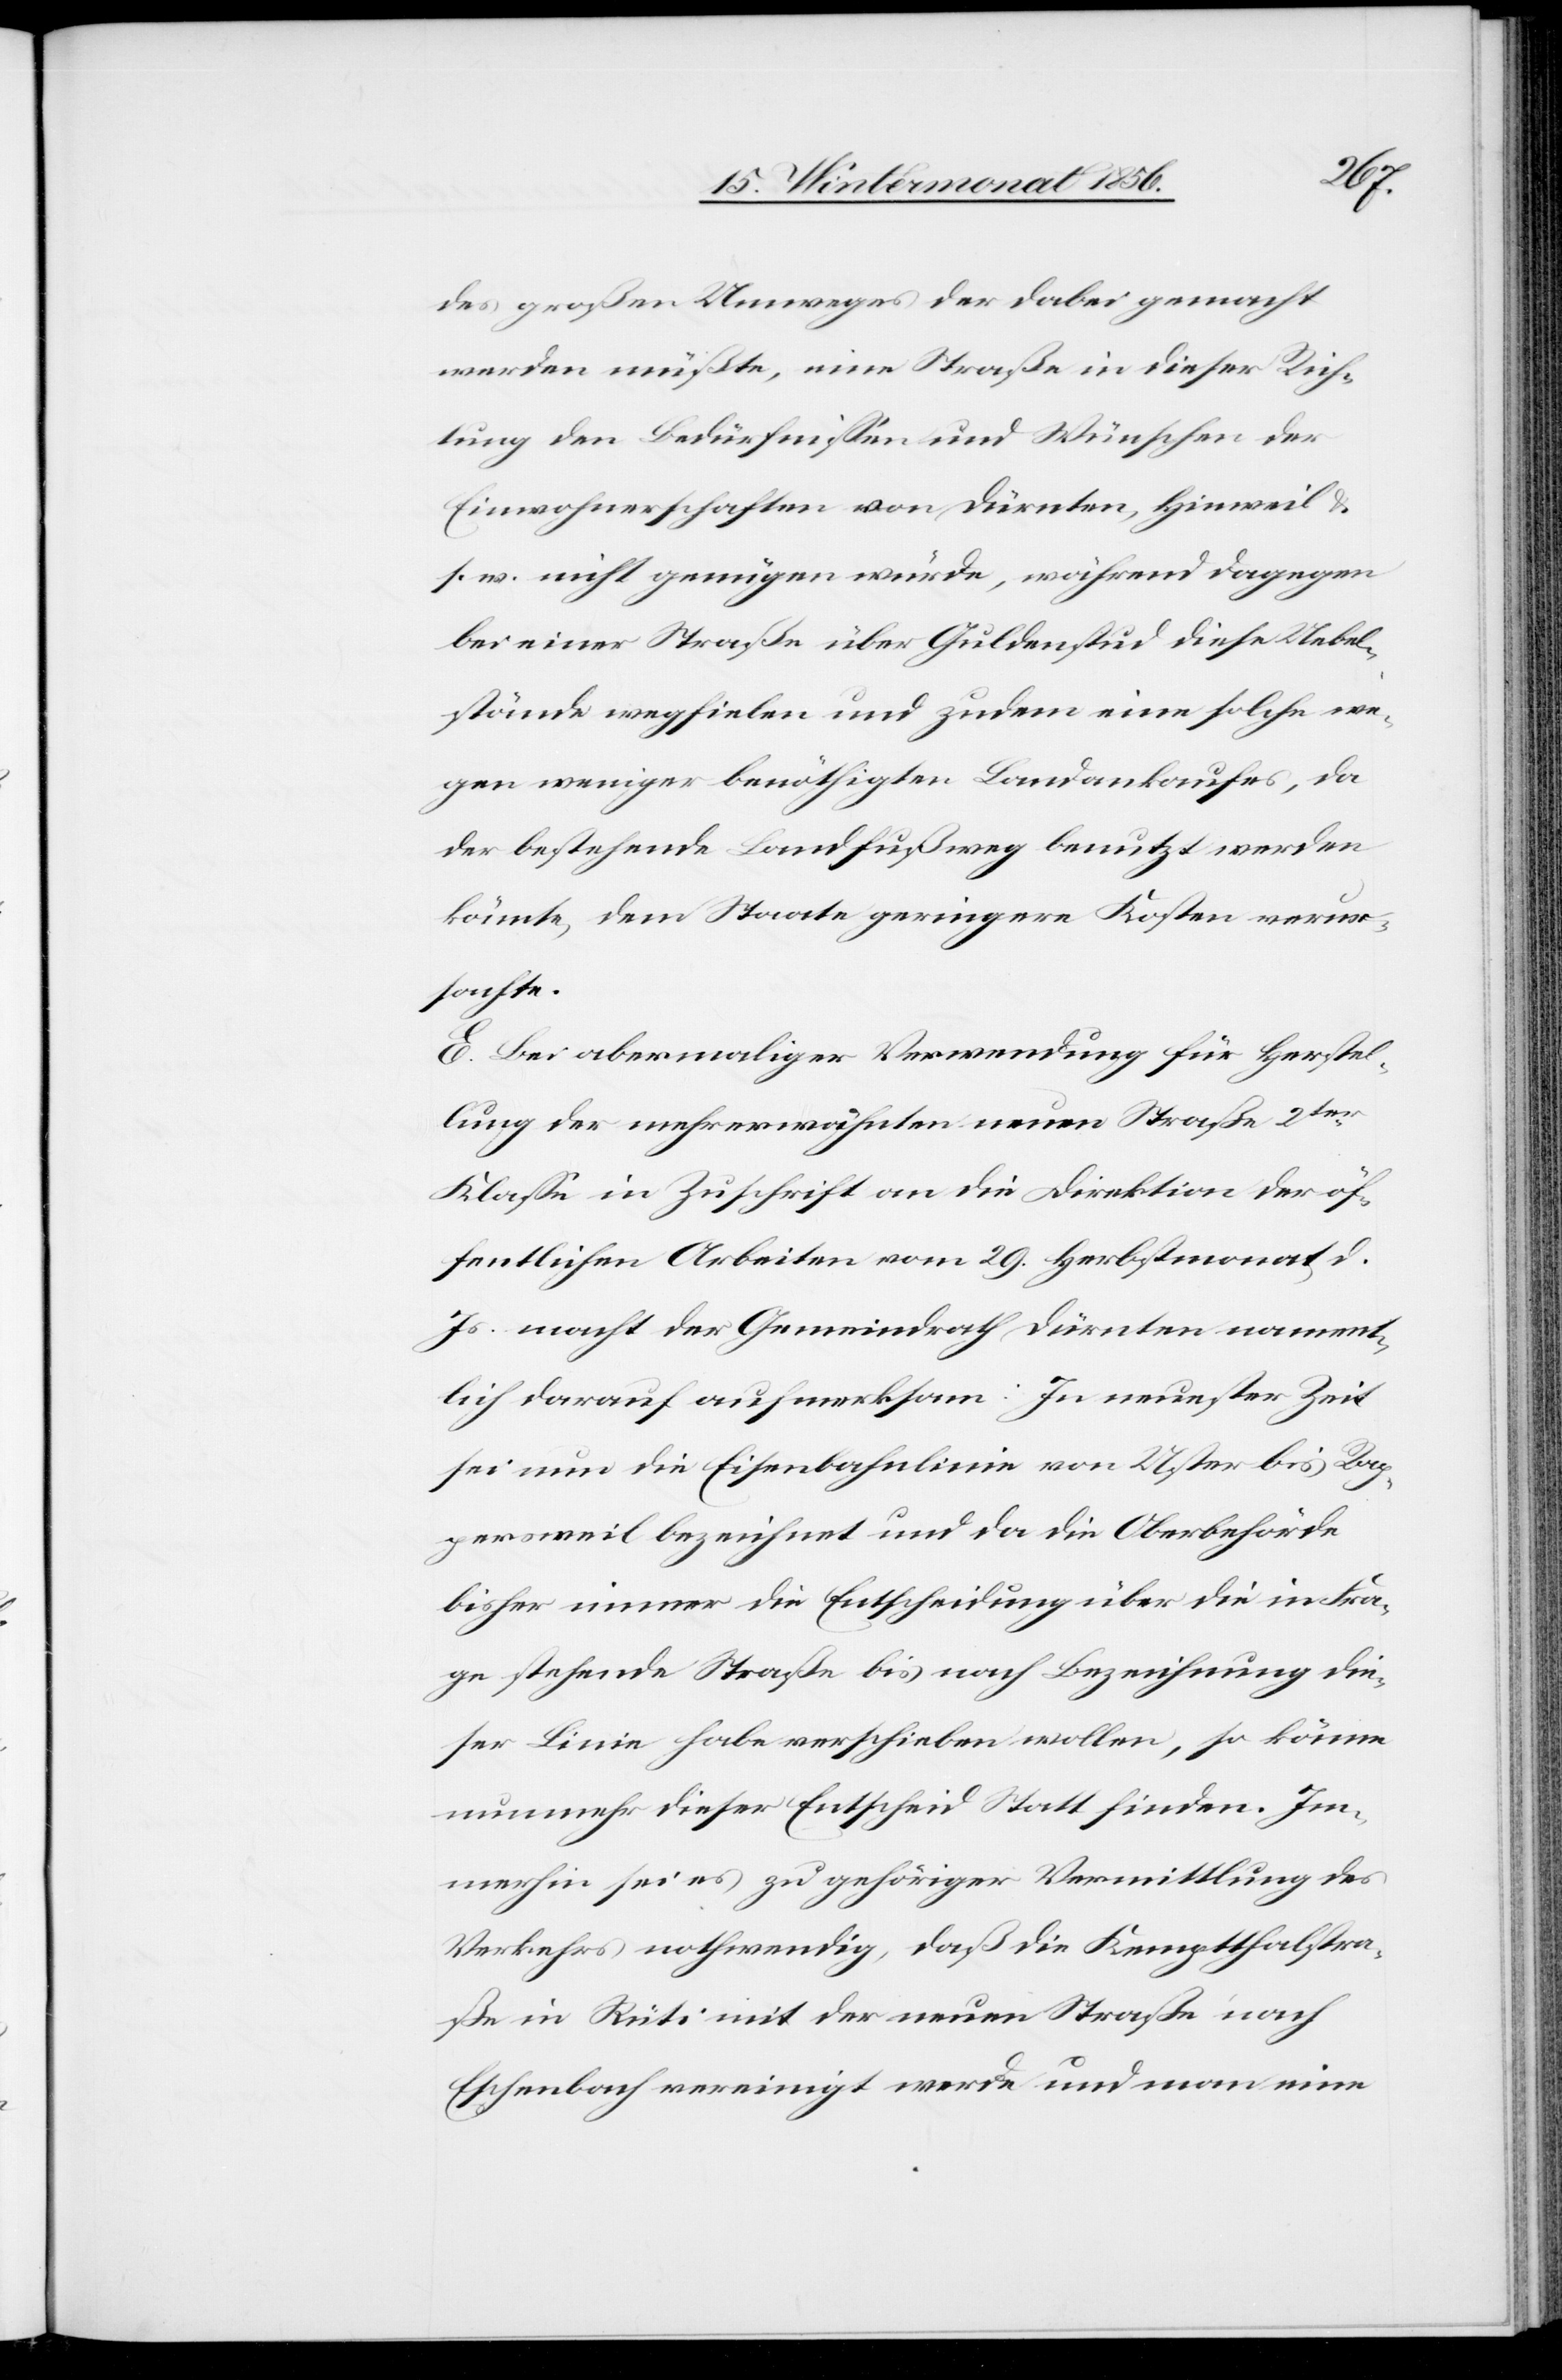
des großen Umweges der dabei gemacht
werden müßte, eine Straße in dieser Rich¬
tung den Bedürfnissen und Wünschen der
Einwohnerschaften von Dürnten, Hinweil
s. w. nicht genügen würde, während dagegen
bei einer Straße über Guldenstud diese Uebel¬
stände wegfielen und zudem eine solche we¬
gen weniger benöthigten Landankaufes, da
der bestehende Landfußweg benutzt werden
könnte, dem Staate geringere Kosten verur¬
sachte.
E. Bei abermaliger Verwendung für Herstel¬
lung der mehrerwähnten neuen Straße 2ter
Klasse in Zuschrift an die Direktion der öf¬
fentlichen Arbeiten vom 29. Herbstmonat d.
Js. macht der Gemeindrath Dürnten nament¬
lich darauf aufmerksam: In neuester Zeit
sei nun die Eisenbahnlinie von Uster bis Rap¬
persweil bezeichnet und da die Oberbehörde
bisher immer die Entscheidung über die in Fra¬
ge stehende Straße bis nach Bezeichnung die¬
ser Linie habe verschieben wollen, so könne
nunmehr dieser Entscheid Statt finden. Im¬
merhin sei es zu gehöriger Vermittlung des
Verkehrs nothwendig, daß die Kemptthalstra¬
ße in Rüti mit der neuen Straße nach
Eschenbach vereinigt werde und man eine